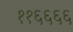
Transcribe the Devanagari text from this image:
११६६६६